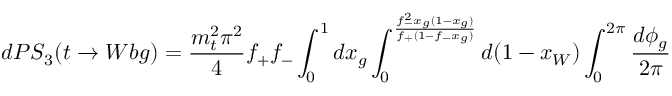
d P S _ { 3 } ( t \rightarrow W b g ) = { \frac { m _ { t } ^ { 2 } \pi ^ { 2 } } { 4 } } f _ { + } f _ { - } \int _ { 0 } ^ { 1 } d x _ { g } \int _ { 0 } ^ { { \frac { f _ { - } ^ { 2 } x _ { g } ( 1 - x _ { g } ) } { f _ { + } ( 1 - f _ { - } x _ { g } ) } } } d ( 1 - x _ { W } ) \int _ { 0 } ^ { 2 \pi } { \frac { d \phi _ { g } } { 2 \pi } }